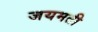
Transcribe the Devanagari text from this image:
जयमती